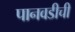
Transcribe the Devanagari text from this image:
पानवडीची